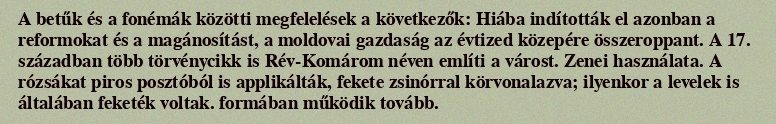
A betűk és a fonémák közötti megfelelések a következők: Hiába indították el azonban a reformokat és a magánosítást, a moldovai gazdaság az évtized közepére összeroppant. A 17. században több törvénycikk is Rév-Komárom néven említi a várost. Zenei használata. A rózsákat piros posztóból is applikálták, fekete zsinórral körvonalazva; ilyenkor a levelek is általában feketék voltak. formában működik tovább.